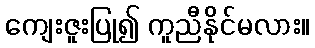
ကျေးဇူးပြု၍ ကူညီနိုင်မလား။